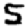
Digit: 5